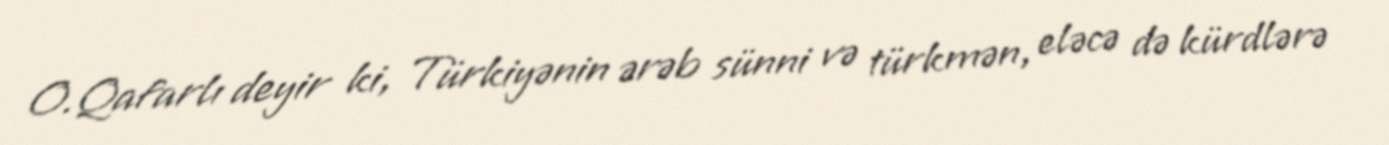
O.Qafarlı deyir ki, Türkiyənin ərəb sünni və türkmən, eləcə də kürdlərə